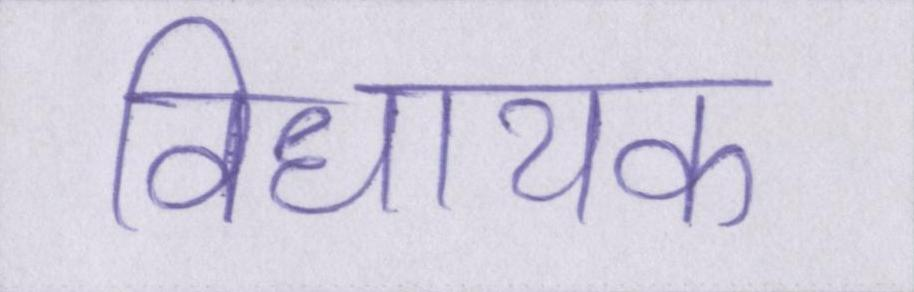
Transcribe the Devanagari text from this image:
विधायक